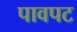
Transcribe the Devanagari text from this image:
पावपट